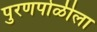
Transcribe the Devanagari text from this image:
पुरणपोळीला